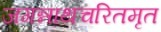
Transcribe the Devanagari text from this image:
जगन्नाथचरितमृत